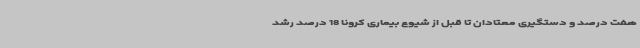
هفت درصد و دستگیری معتادان تا قبل از شیوع بیماری کرونا 18 درصد رشد